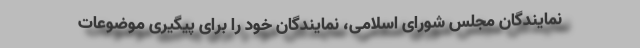
نمایندگان مجلس شورای اسلامی، نمایندگان خود را برای پیگیری موضوعات